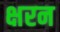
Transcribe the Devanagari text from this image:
क्षरन